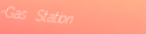
Gas Station